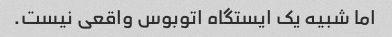
اما شبیه یک ایستگاه اتوبوس واقعی نیست.